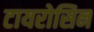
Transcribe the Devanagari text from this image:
टायरोसिन